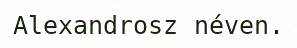
Alexandrosz néven.